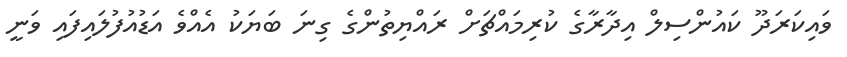
ވައިކަރަދޫ ކައުންސިލް އިދާރާގެ ކުރިމައްޗަށް ރައްޔިތުންގެ ގިނަ ބަޔަކު އެއްވެ އަޑުއުފުލައިފައި ވަނީ